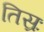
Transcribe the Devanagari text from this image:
तिस्रः